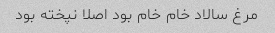
مرغ سالاد خام خام بود اصلا نپخته بود